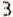
3